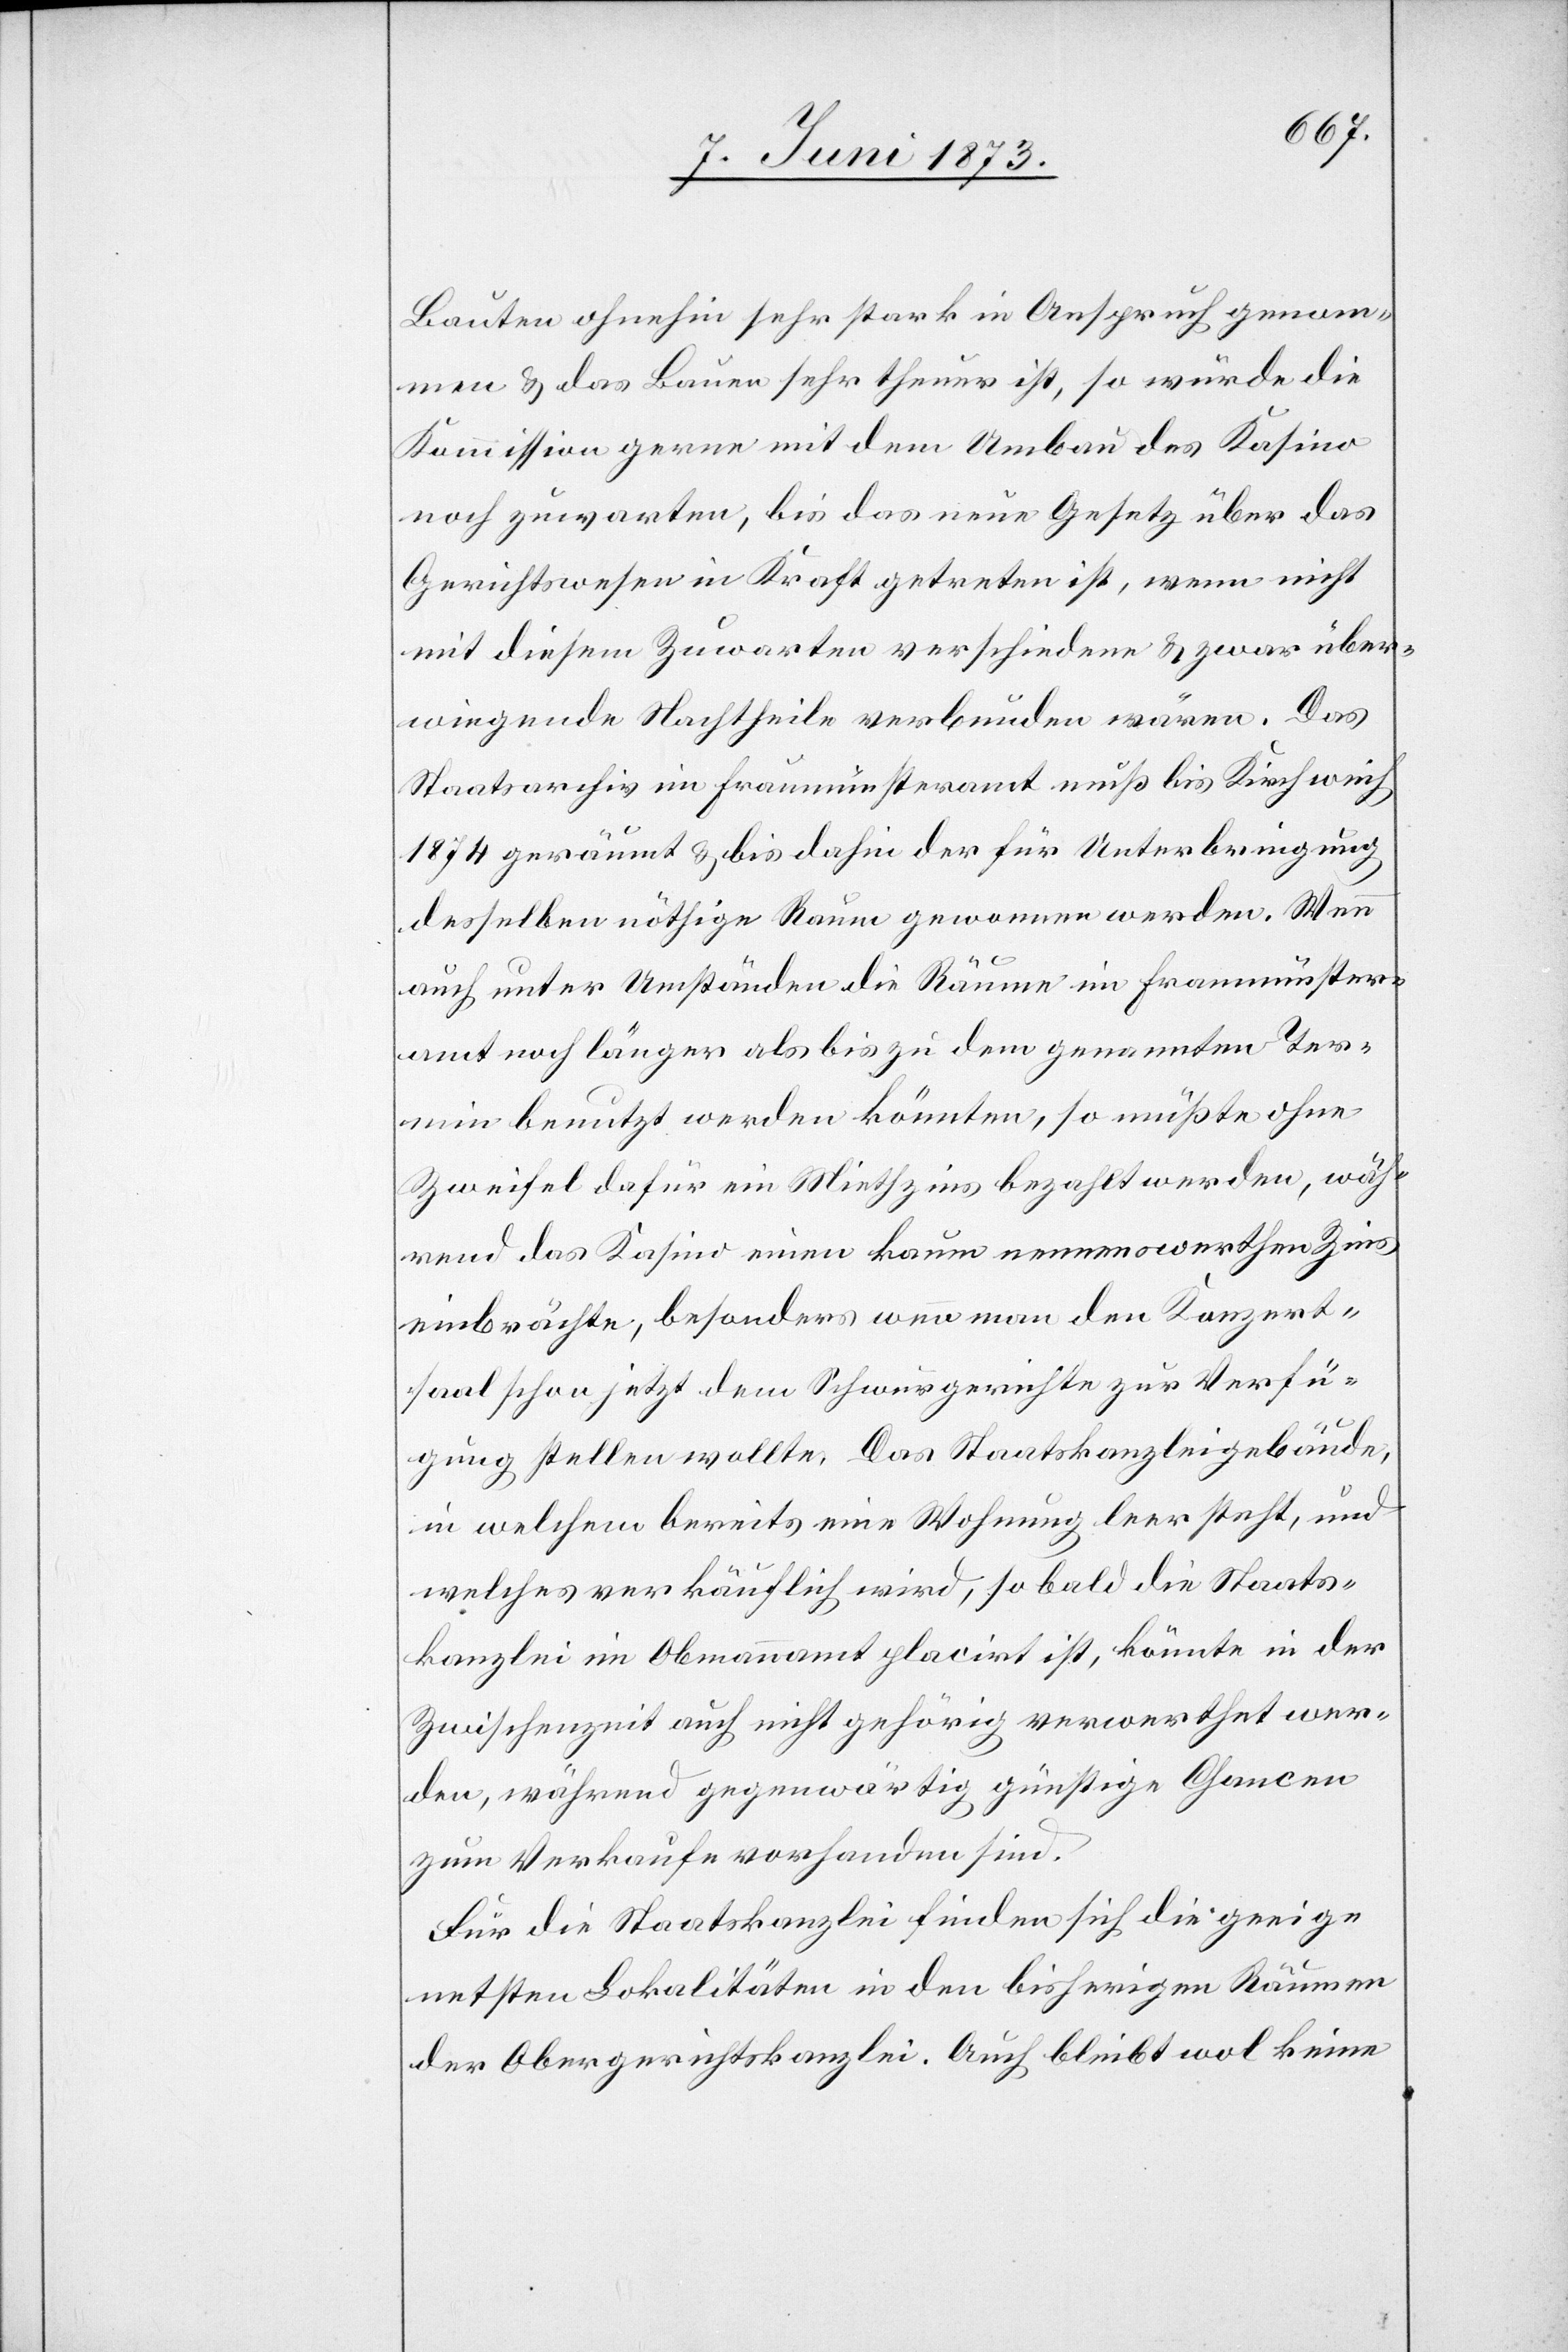
Bauten ohnehin sehr stark in Anspruch genom¬
men & das Bauen sehr theuer ist, so würde die
Kommission gerne mit dem Umbau des Kasino
noch zuwarten, bis das neue Gesetz über das
Gerichtswesen in Kraft getreten ist, wenn nicht
mit diesem Zuwarten verschiedene & zwar über¬
wiegende Nachtheile verbunden wären. Das
Staatsarchiv im Fraumünsteramt muß bis Kirchweih
1874 geräumt & bis dahin der für Unterbringung
desselben nöthige Raum gewonnen werden. Wenn
auch unter Umständen die Räume im Fraumünster¬
amt noch länger als bis zu dem genannten Ter¬
min benutzt werden könnten, so müßte ohne
Zweifel dafür ein Miethzins bezahlt werden, wäh¬
rend das Kasino einen kaum nennenswerthen Zins
einbrächte, besonders wenn man den Konzert¬
saal schon jetzt dem Schwurgerichte zur Verfü¬
gung stellen wollte. Das Staatskanzleigebäude,
in welchem bereits eine Wohnung leer steht, und
welches verkäuflich wird, so bald die Staats¬
kanzlei im Obmannamt placirt ist, könnte in der
Zwischenzeit auch nicht gehörig verwerthet wer¬
den, während gegenwärtig günstige Chancen
zum Verkaufe vorhanden sind.
Für die Staatskanzlei finden sich die geeig¬
netsten Lokalitäten in den bisherigen Räumen
der Obergerichtskanzlei. Auch bleibt wol keine